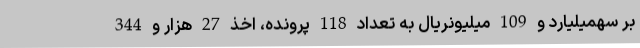
بر سهمیلیارد و 109 میلیونریال به تعداد 118 پرونده، اخذ 27 هزار و 344